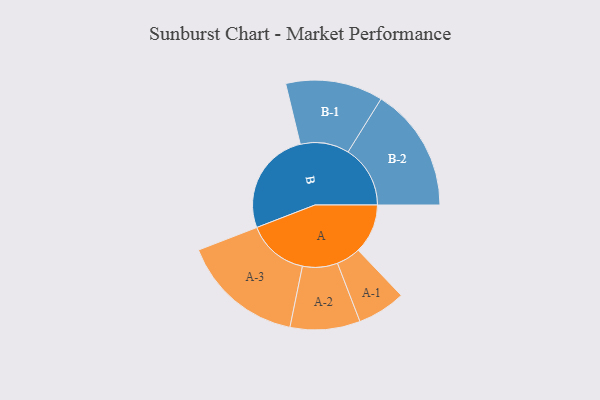
{"axis": {"x": "Segment", "y": "Value"}, "legend": ["", "A", "B"], "data": [{"x": "A", "y": 228, "type": ""}, {"x": "B", "y": 480, "type": ""}, {"x": "A-1", "y": 111, "type": "A"}, {"x": "A-2", "y": 161, "type": "A"}, {"x": "A-3", "y": 282, "type": "A"}, {"x": "B-1", "y": 224, "type": "B"}, {"x": "B-2", "y": 286, "type": "B"}]}